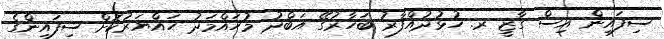
ސިފައިން އިސް ގާޒީ ރ. ހުޅުދުއްފާރު ބަހާރުގޭ އަބްދު މުހައްމަދު ހައްޔަރުކޮށް ސިފައިންގެ